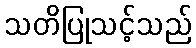
သတိပြုသင့်သည်